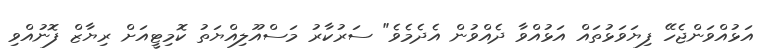
އަޅުއްވަންޖެހޭ ފިޔަވަޅުތައް އަޅުއްވާ ދެއްވުން އެދެމެވެ" ސަރުކާރު މަސްއޫލިއްޔަތު ކޮމިޓީއަށް ރިޔާޒް ފޮނުއްވި